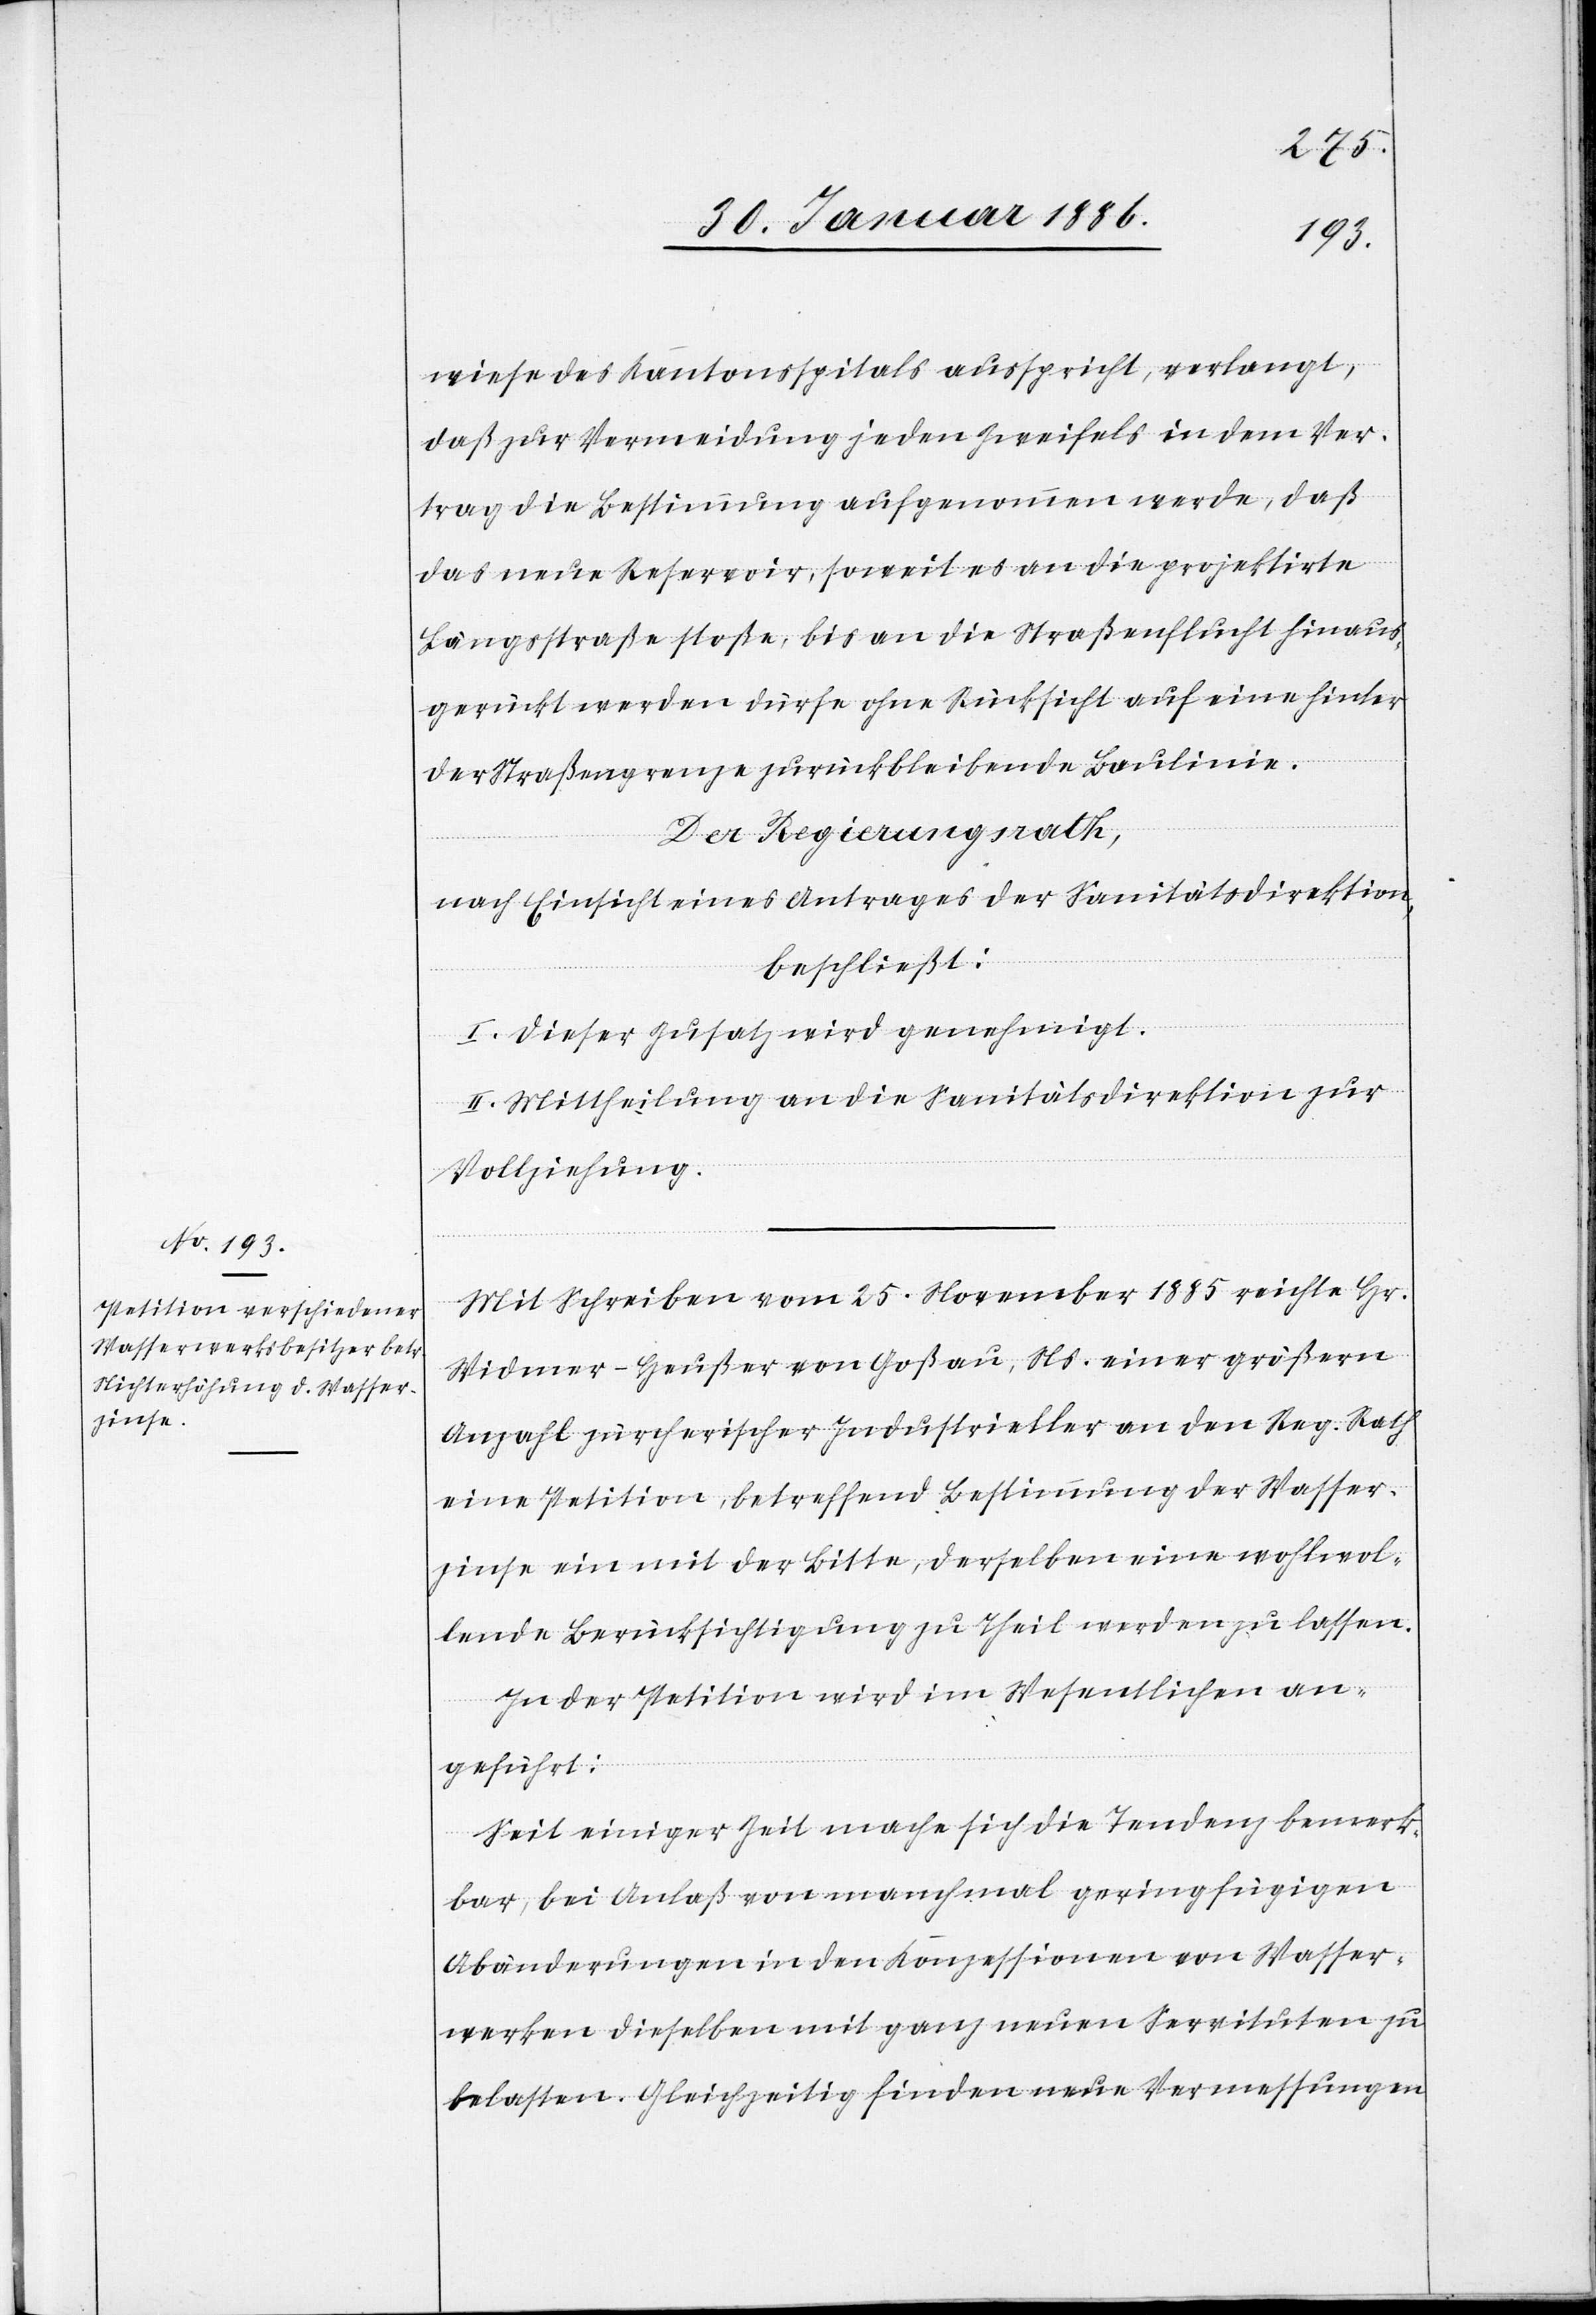
wiese des Kantonsspitals ausspricht, verlangt,
daß zur Vermeidung jeden Zweifels in dem Ver¬
trag die Bestimmung aufgenommen werde, daß
das neue Reservoir, soweit es an die projektierte
Längsstraße stoße, bis an die Straßenflucht hinaus
gerückt werden dürfe ohne Rücksicht auf eine hinter
der Straßengrenze zurückbleibende Baulinie.
Der Regierungsrath,
nach Einsicht eines Antrages der Sanitätsdirektion,
beschließt:
I. Dieser Zusatz wird genehmigt.
II. Mittheilung an die Sanitätsdirektion zur
Vollziehung.
Mit Schreiben vom 25. November 1885 reichte Hr.
Widmer-Heußer von Goßau, Ns. einer größern
Anzahl zürcherischer Industrieller an den Reg. Rath
eine Petition, betreffend Bestimmung der Wasser¬
zinse ein mit der Bitte, derselben eine wohlwol¬
lende Berücksichtigung zu Theil werden zu lassen.
In der Petition wird im Wesentlichen an¬
geführt:
Seit einiger Zeit mache sich die Tendenz bemerk¬
bar, bei Anlaß von manchmal geringfügigen
Abänderungen in den Konzessionen von Wasser¬
werken dieselbe mit ganz neuen Servituten zu
belasten. Gleichzeitig finden neue Vermessungen